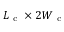
L _ { \mathrm { ~ c ~ } } \times 2 W _ { \mathrm { ~ c ~ } }